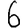
Digit: 6